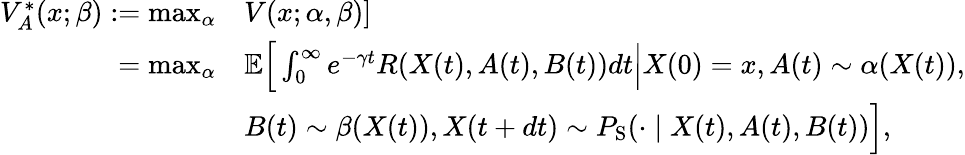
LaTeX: \begin{array}{rl}{V_{A}^{*}(x;\beta):=\operatorname*{max}_{\alpha}}&{V(x;\alpha,\beta)]}\\ {=\operatorname*{max}_{\alpha}}&{\mathbb{E}\Big[\int_{0}^{\infty}e^{-\gamma t}R(X(t),A(t),B(t))dt\Big|X(0)=x,A(t)\sim\alpha(X(t)),}\\ &{B(t)\sim\beta(X(t)),X(t+dt)\sim P_{\mathrm{S}}(\cdot\mid X(t),A(t),B(t))\Big],}\end{array}